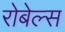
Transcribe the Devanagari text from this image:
रोबेल्स